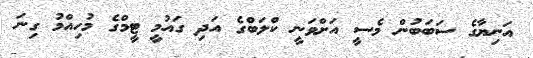
އަނިޔާގެ ސަބަބުން މެސީ އަށްވަނީ ކްލަބްގެ އަދި ގައުމީ ޓީމްގެ މުހިއްމު ގިނަ